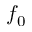
f _ { 0 }